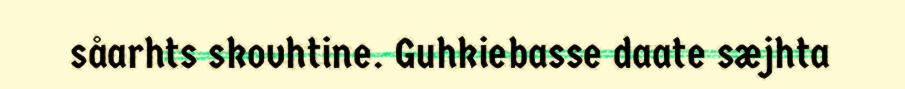
såarhts skovhtine. Guhkiebasse daate sæjhta